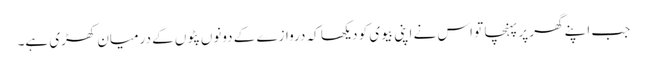
جب اپنے گھر پر پہنچا تو اس نے اپنی بیوی کو دیکھا کہ دروازے کے دونوں پٹوں کے درمیان کھڑی ہے۔